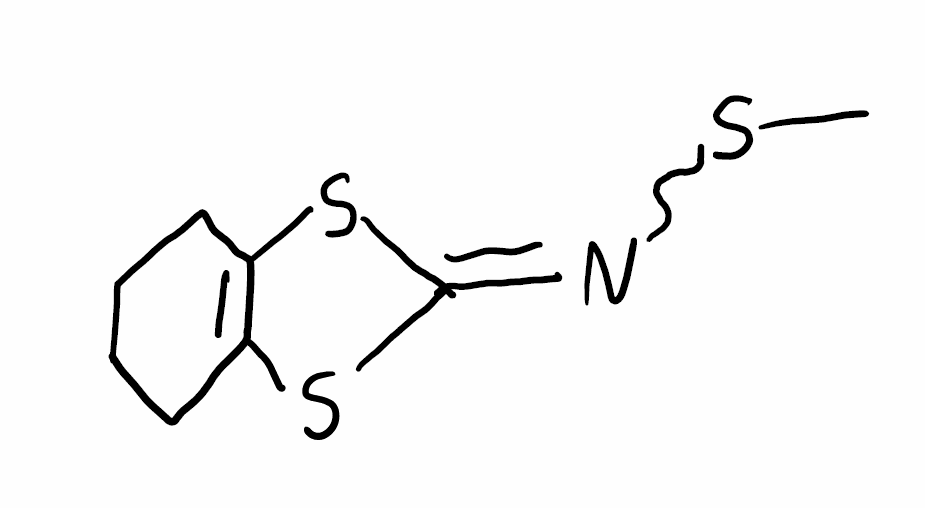
Simplified molecular-input line-entry system (SMILES) notation of the given molecule:
CSN=C1SC2=C(S1)CCCC2